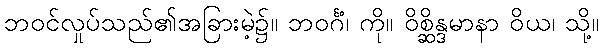
ဘဝင်လှုပ်သည်၏အခြားမဲ့၌။ ဘဝင်္ဂံ၊ ကို။ ဝိစ္ဆိန္ဒမာနာ ဝိယ၊ သို့။